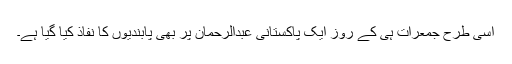
اسی طرح جمعرات ہی کے روز ایک پاکستانی عبدالرحمان پر بھی پابندیوں کا نفاذ کیا گیا ہے۔